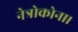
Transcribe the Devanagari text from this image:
नेत्रोकोना।